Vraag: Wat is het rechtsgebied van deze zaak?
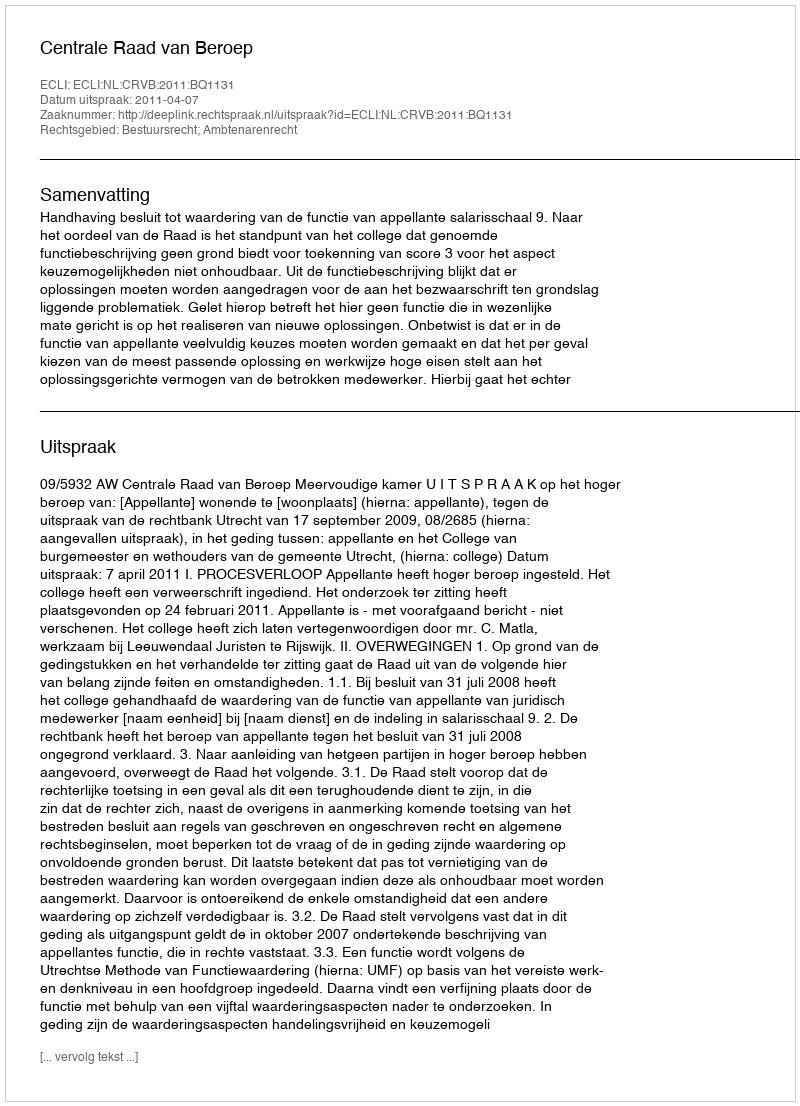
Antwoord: Bestuursrecht; Ambtenarenrecht